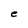
Character: e